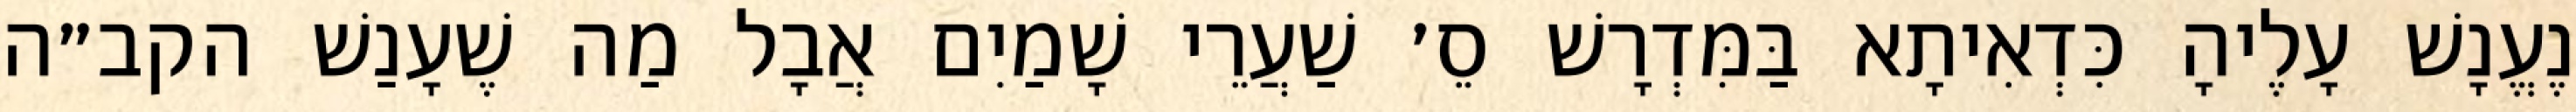
נֶעֱנָשׁ עָלֶיהָ כִּדְאִיתָא בַּמִּדְרָשׁ סֵ׳ שַׁעֲרֵי שָׁמַיִם אֲבָל מַה שֶׁעָנַשׁ הקב״ה